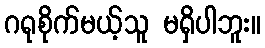
ဂရုစိုက်မယ့်သူ မရှိပါဘူး။